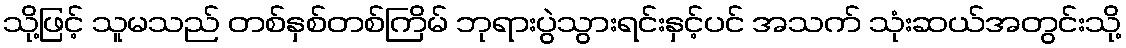
သို့ဖြင့် သူမသည် တစ်နှစ်တစ်ကြိမ် ဘုရားပွဲသွားရင်းနှင့်ပင် အသက် သုံးဆယ်အတွင်းသို့